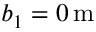
b _ { 1 } = 0 \, \mathrm { m }